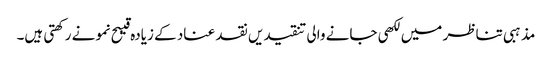
مذہبی تناظر میں لکھی جانے والی تنقیدیں نقد عناد کے زیادہ قیبح نمونے رکھتی ہیں۔